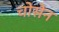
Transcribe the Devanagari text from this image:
चोसेन